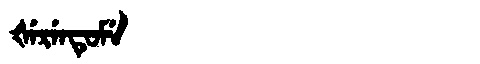
Manchu: ᡧᡝᡵᡝᠨᡨᡠᠮᡝ
Romanization: ŠERENTUME